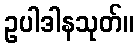
ဥပါဒါနသုတ်။